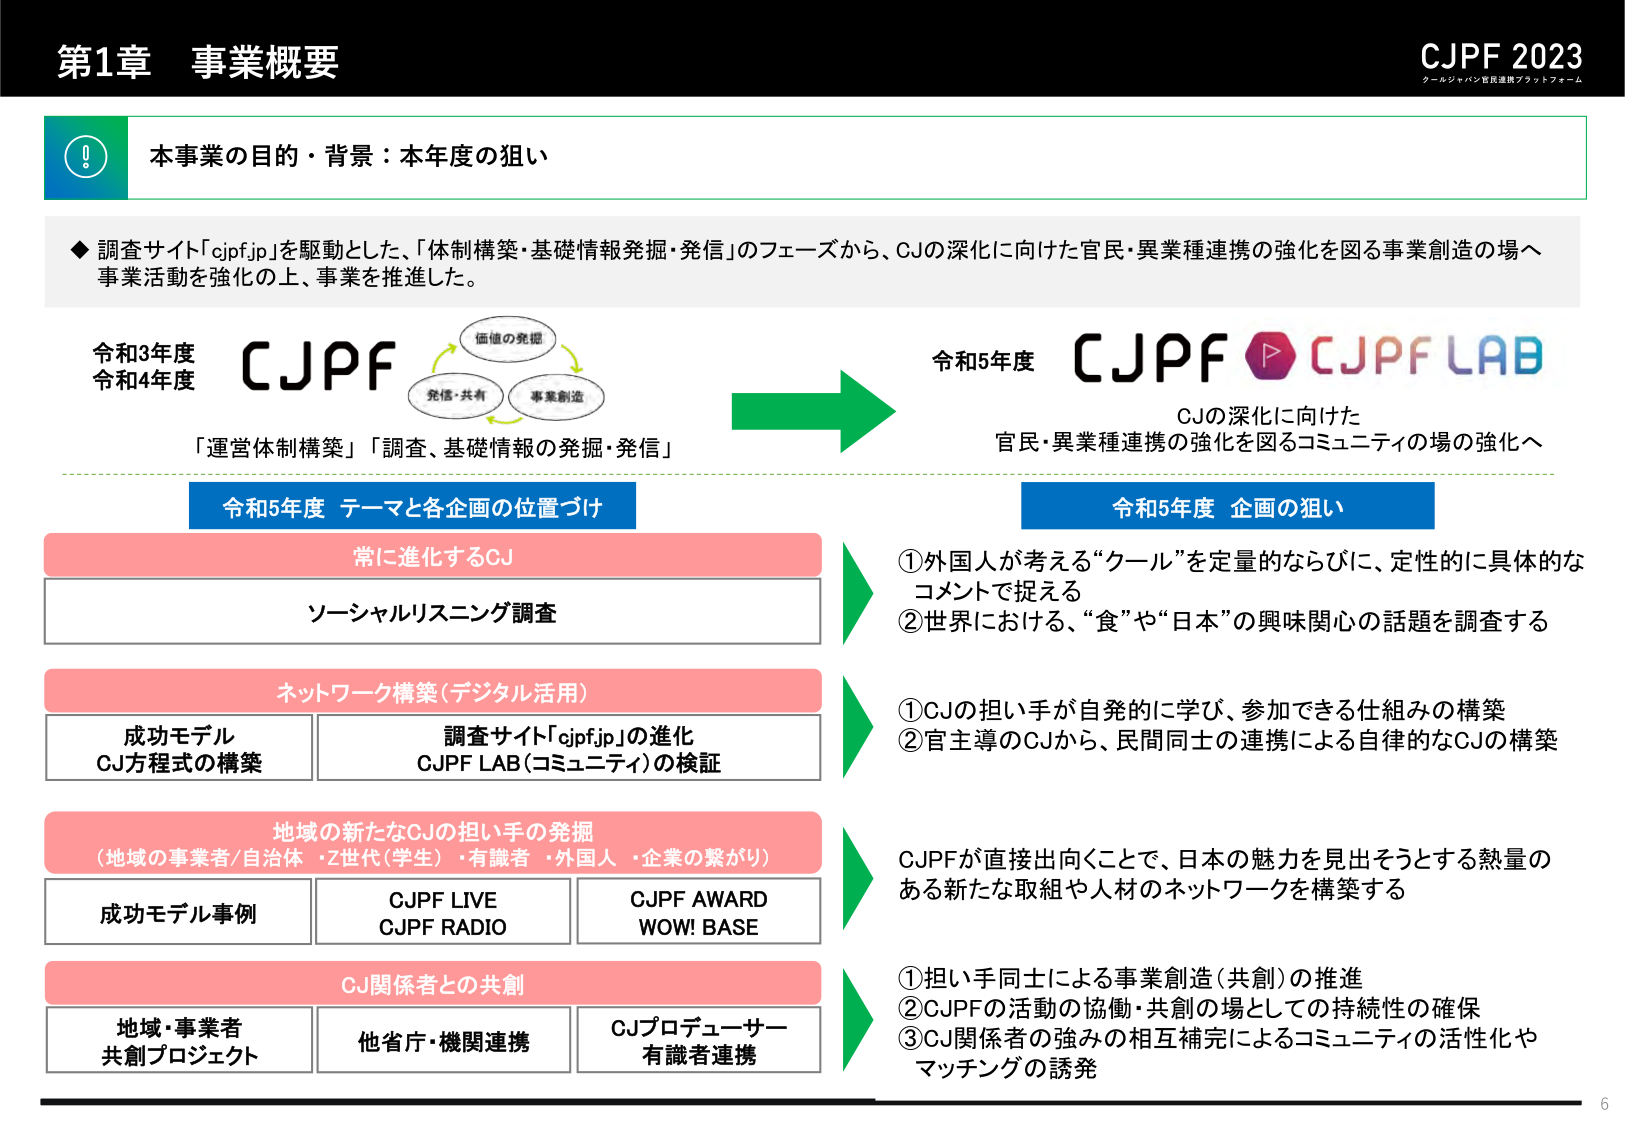
第1章 事業概要

CJPF 2023
クールジャパン官民連携プラットフォーム

本事業の目的・背景：本年度の狙い

◆ 調査サイト「cjpf.jp」を駆動とした、「体制構築・基礎情報発掘・発信」のフェーズから、CJの深化に向けた官民・異業種連携の強化を図る事業創造の場へ事業活動を強化の上、事業を推進した。

令和3年度
令和4年度
CJPF
価値の発掘
発信・共有
事業創造
「運営体制構築」「調査、基礎情報の発掘・発信」

→

令和5年度
CJPF
CJPF LAB
CJの深化に向けた
官民・異業種連携の強化を図るコミュニティの場の強化へ

令和5年度 テーマと各企画の位置づけ

常に進化するCJ
ソーシャルリスニング調査

ネットワーク構築（デジタル活用）
成功モデル
CJ方程式の構築
調査サイト「cjpf.jp」の進化
CJPF LAB（コミュニティ）の検証

地域の新たなCJの担い手の発掘
（地域の事業者/自治体・Z世代（学生）・有識者・外国人・企業の繋がり）
成功モデル事例
CJPF LIVE
CJPF RADIO
CJPF AWARD
WOW! BASE

CJ関係者との共創
地域・事業者
共創プロジェクト
他省庁・機関連携
CJプロデューサー
有識者連携

令和5年度 企画の狙い

① 外国人が考える“クール”を定量的ならびに、定性的に具体的なコメントで捉える
② 世界における、“食”や“日本”の興味関心の話題を調査する

① CJの担い手が自発的に学び、参加できる仕組みの構築
② 官主導のCJから、民間同士の連携による自律的なCJの構築

CJPFが直接出向くことで、日本の魅力を見出そうとする熟量のある新たな取組や人材のネットワークを構築する

① 担い手同士による事業創造（共創）の推進
② CJPFの活動の協働・共創の場としての持続性の確保
③ CJ関係者の強みの相互補完によるコミュニティの活性化やマッチングの誘発

6